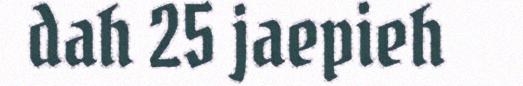
dah 25 jaepieh